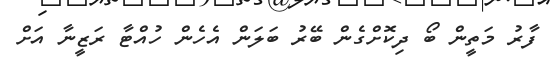
ފާރު މަތީން ބޯ ދިކޮށްގެން ބޭރު ބަލަން އެހެން ހުއްޓާ ރަޒީނާ އަށް